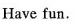
Have fun.